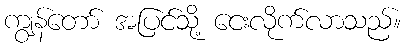
ကျွန်တော် အပြင်သို့ ငေးလိုက်လာသည်။